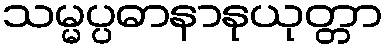
သမ္မပ္ပဓာနာနုယုတ္တာ